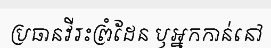
ប្រធានវីរះព្រំដែន ឫអ្នកកាន់នៅ